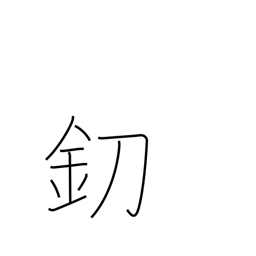
Meaning: knife